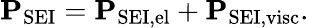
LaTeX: \mathbf{P}_{\mathrm{SEI}}=\mathbf{P}_{\mathrm{SEI,el}}+\mathbf{P}_{\mathrm{SEI,visc}}.